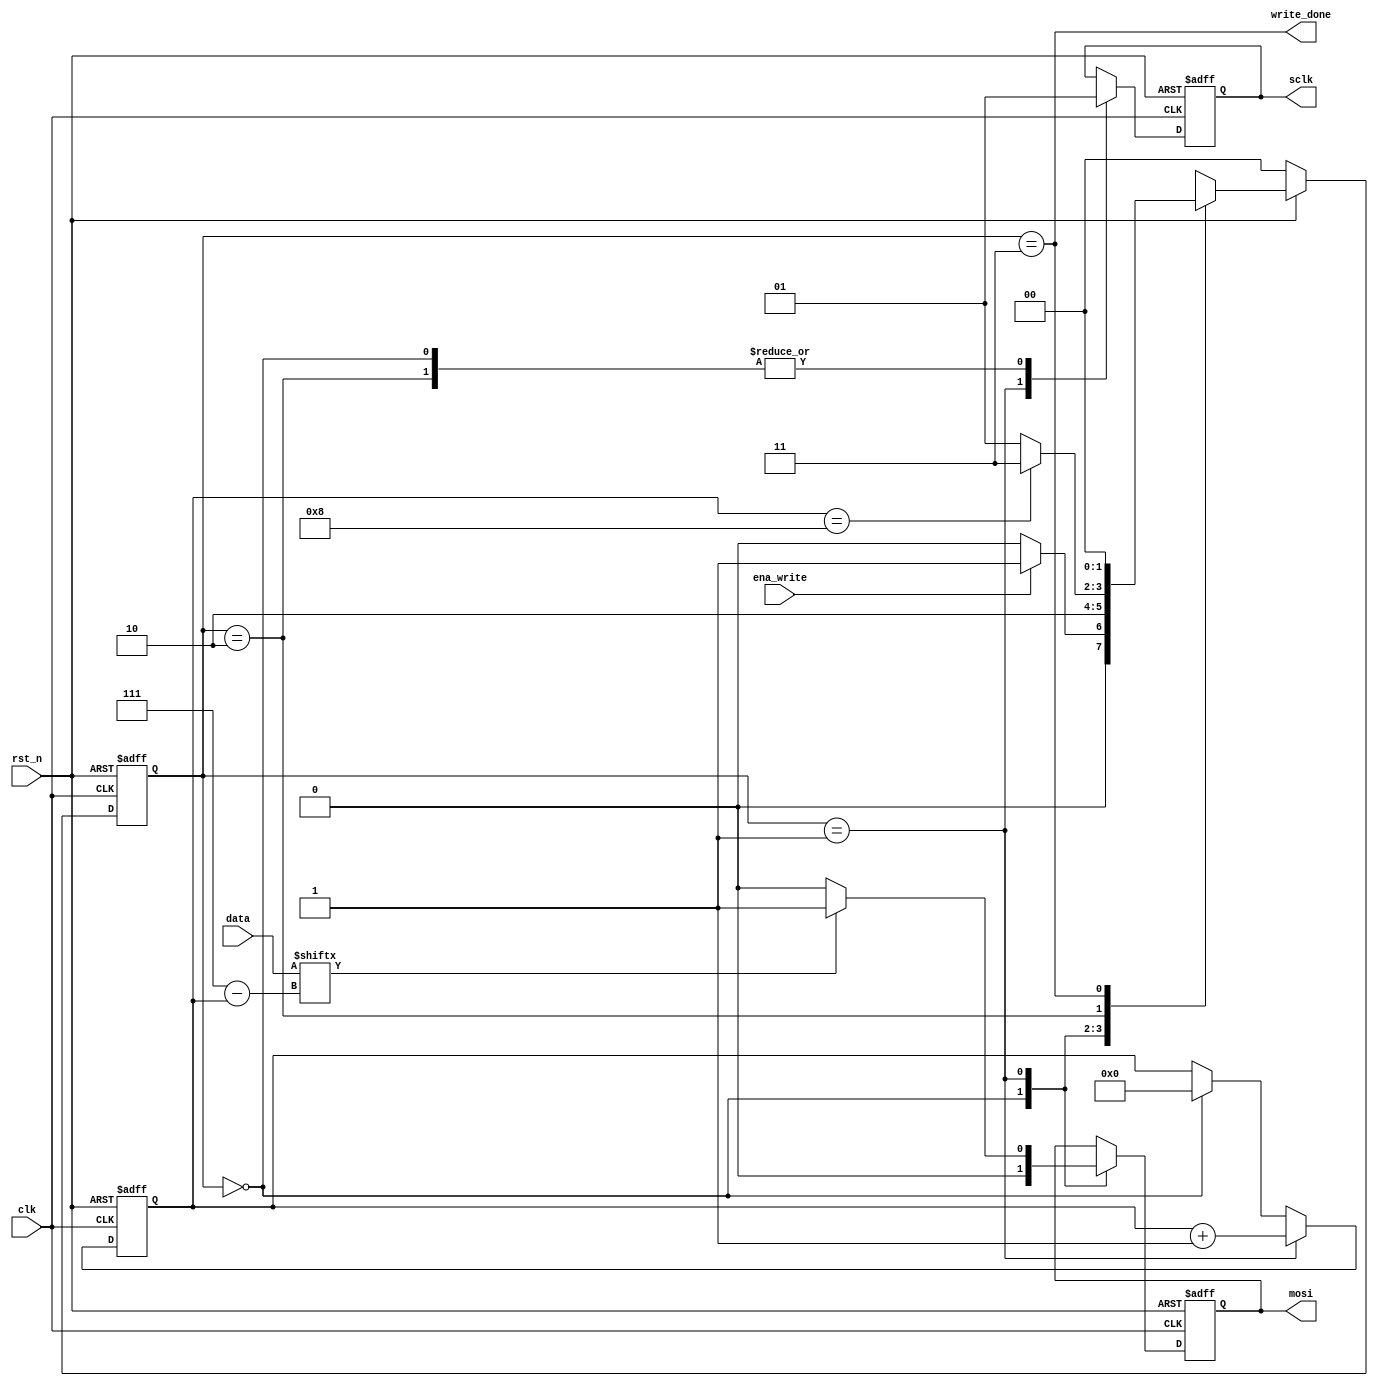
module spi_writebyte(
	input clk,			// 1m
	input rst_n,		// 
	input ena_write,	//spi
	input [7:0]data,	//spi
	output reg sclk,	//oledd0
	output reg mosi,	//oledd1
	output write_done //spi
);

parameter S0=0,S1=1,S2=2,Done=3;
reg[1:0] state,next_state;
reg[3:0] cnt;		//

//
always @(*) begin
	if(!rst_n) begin
		next_state <= 2'd0;
	end
	else begin
		case(state)
			S0: //
				next_state = ena_write ? S1 : S0;
			
			S1: 
				next_state = S2;
			
			S2: //s1s2cnt1cnt8
				next_state = (cnt == 4'd8) ? Done : S1;
			
			Done://done
				next_state = S0;
			
		endcase
	end
end

//
//regLatch
always @(posedge clk,negedge rst_n) begin
	if(!rst_n) begin
		sclk = 1'b1;
		mosi = 1'b0;
	end
	else begin
		case(state)
			S0: begin//
				sclk = 1'b1;
				mosi = 1'b0;
			end
			S1: begin
				sclk = 1'b0;
				mosi = data[3'd7-cnt] ? 1'b1 : 1'b0;
			end
			S2: begin//s1s2cnt1cnt8
				sclk = 1'b1;
			end
		endcase
	end
end

//
always @(posedge clk,negedge rst_n) begin
	if(~rst_n)
		state <= S0;
	else
		state <= next_state;
end

//
always @(posedge clk,negedge rst_n) begin
	if(~rst_n) begin
		cnt <= 4'd0;
	end
	else begin
		if(state == S1)
			cnt <= cnt + 1'b1;
		else if(state == S0)
			cnt <= 4'd0;
		else
			cnt <= cnt;
	end
end

assign write_done = (state==Done);//done
	
endmodule